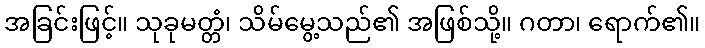
အခြင်းဖြင့်။ သုခုမတ္တံ၊ သိမ်မွေ့သည်၏ အဖြစ်သို့။ ဂတာ၊ ရောက်၏။